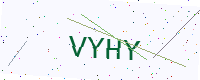
Text: VYHY